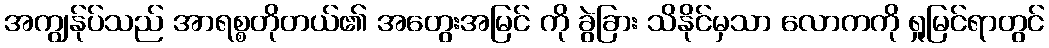
အကျွန်ုပ်သည် အာရစ္စတိုတယ်၏ အတွေးအမြင် ကို ခွဲခြား သိနိုင်မှသာ လောကကို ရှုမြင်ရာတွင်